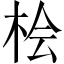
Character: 桧